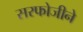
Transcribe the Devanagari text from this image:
सरफोजीने